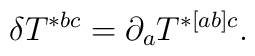
\delta T^{*bc}=\partial_a T^{*[ab]c}.